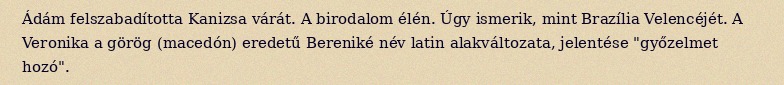
Ádám felszabadította Kanizsa várát. A birodalom élén. Úgy ismerik, mint Brazília Velencéjét. A Veronika a görög (macedón) eredetű Bereniké név latin alakváltozata, jelentése "győzelmet hozó".